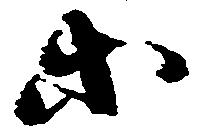
等